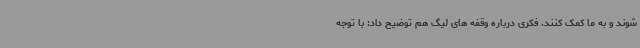
شوند و به ما کمک کنند. فکری درباره وقفه های لیگ هم توضیح داد: با توجه